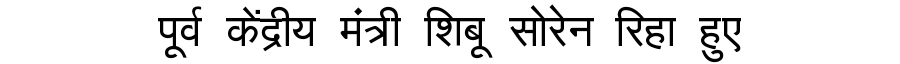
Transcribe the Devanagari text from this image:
पूर्व केंद्रीय मंत्री शिबू सोरेन रिहा हुए